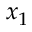
x _ { 1 }